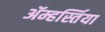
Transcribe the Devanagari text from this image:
ॲम्हर्स्तिया